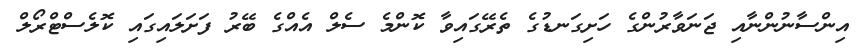
އިންސާނުންނާއި ޖަނަވާރުންގެ ހަށިގަނޑުގެ ތެރޭގައިވާ ކޮންމެ ސެލް އެއްގެ ބޭރު ފަށަލައިގައި ކޮލެސްޓްރޯލް